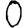
Digit: 0